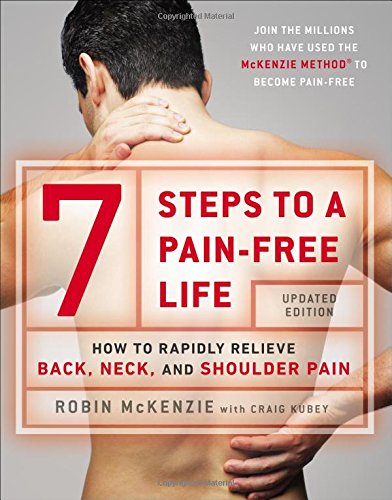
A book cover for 7 Steps to a Pain-Free Life: How to Rapidly Relieve Back, Neck, and Shoulder Pain; Robin McKenzie; Health, Fitness & Dieting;